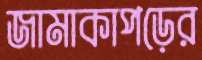
জামাকাপড়ের